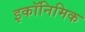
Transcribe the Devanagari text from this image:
इकॉनिमिक